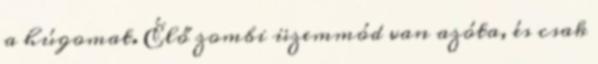
a húgomat. Élő zombi üzemmód van azóta, és csak